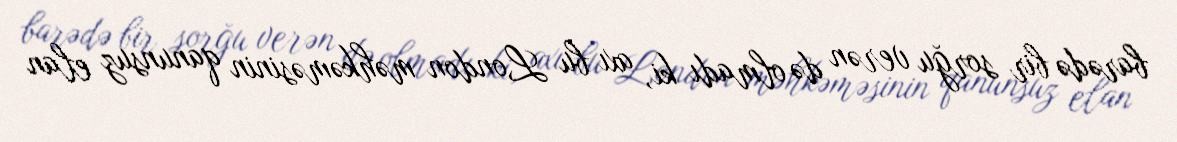
barədə bir sorğu verən də olmadı ki, axı bu London məhkəməsinin qanunsuz elan